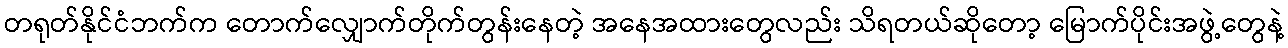
တရုတ်နိုင်ငံဘက်က တောက်လျှောက်တိုက်တွန်းနေတဲ့ အနေအထားတွေလည်း သိရတယ်ဆိုတော့ မြောက်ပိုင်းအဖွဲ့တွေနဲ့